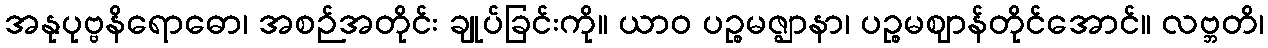
အနုပုဗ္ဗနိရောဓော၊ အစဉ်အတိုင်း ချုပ်ခြင်းကို။ ယာဝ ပဉ္စမဇ္ဈာနာ၊ ပဉ္စမဈာန်တိုင်အောင်။ လဗ္ဘတိ၊